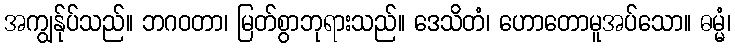
အကျွန်ုပ်သည်။ ဘဂဝတာ၊ မြတ်စွာဘုရားသည်။ ဒေသိတံ၊ ဟောတောမူအပ်သော။ ဓမ္မံ၊